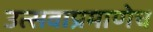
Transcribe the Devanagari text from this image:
उत्सवाप्रमाणेच